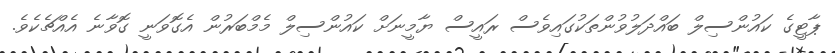
ޕާޓީގެ ކައުންސިލް ބައްދަލުވުންތަކުގައިވެސް ރައީސް ޔާމީނަށް ކައުންސިލް މެމްބަރުން އެގޮވަނީ ގޮވާނެ އެއްޗެކެވެ.